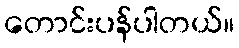
တောင်းပန်ပါတယ်။